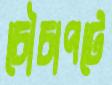
চৌচাপটে